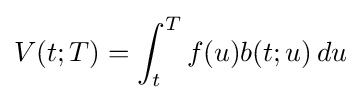
V(t;T)=\int _{t}^{T}f(u)b(t;u)\,du